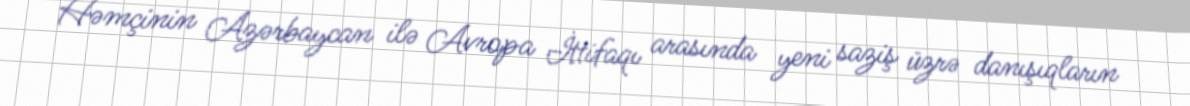
Həmçinin Azərbaycan ilə Avropa İttifaqı arasında yeni saziş üzrə danışıqların